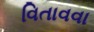
વિતાવવા